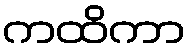
ကထိကာ